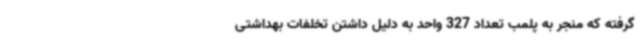
گرفته که منجر به پلمب تعداد 327 واحد به دلیل داشتن تخلفات بهداشتی